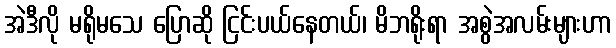
အဲဒီလို မရိုမသေ ပြောဆို ငြင်းပယ်နေတယ်၊ မိဘရိုးရာ အစွဲအလမ်းများဟာ